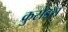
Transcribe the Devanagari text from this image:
क्रुसेड्स